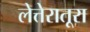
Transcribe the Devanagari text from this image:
लेत्तेरातूरा